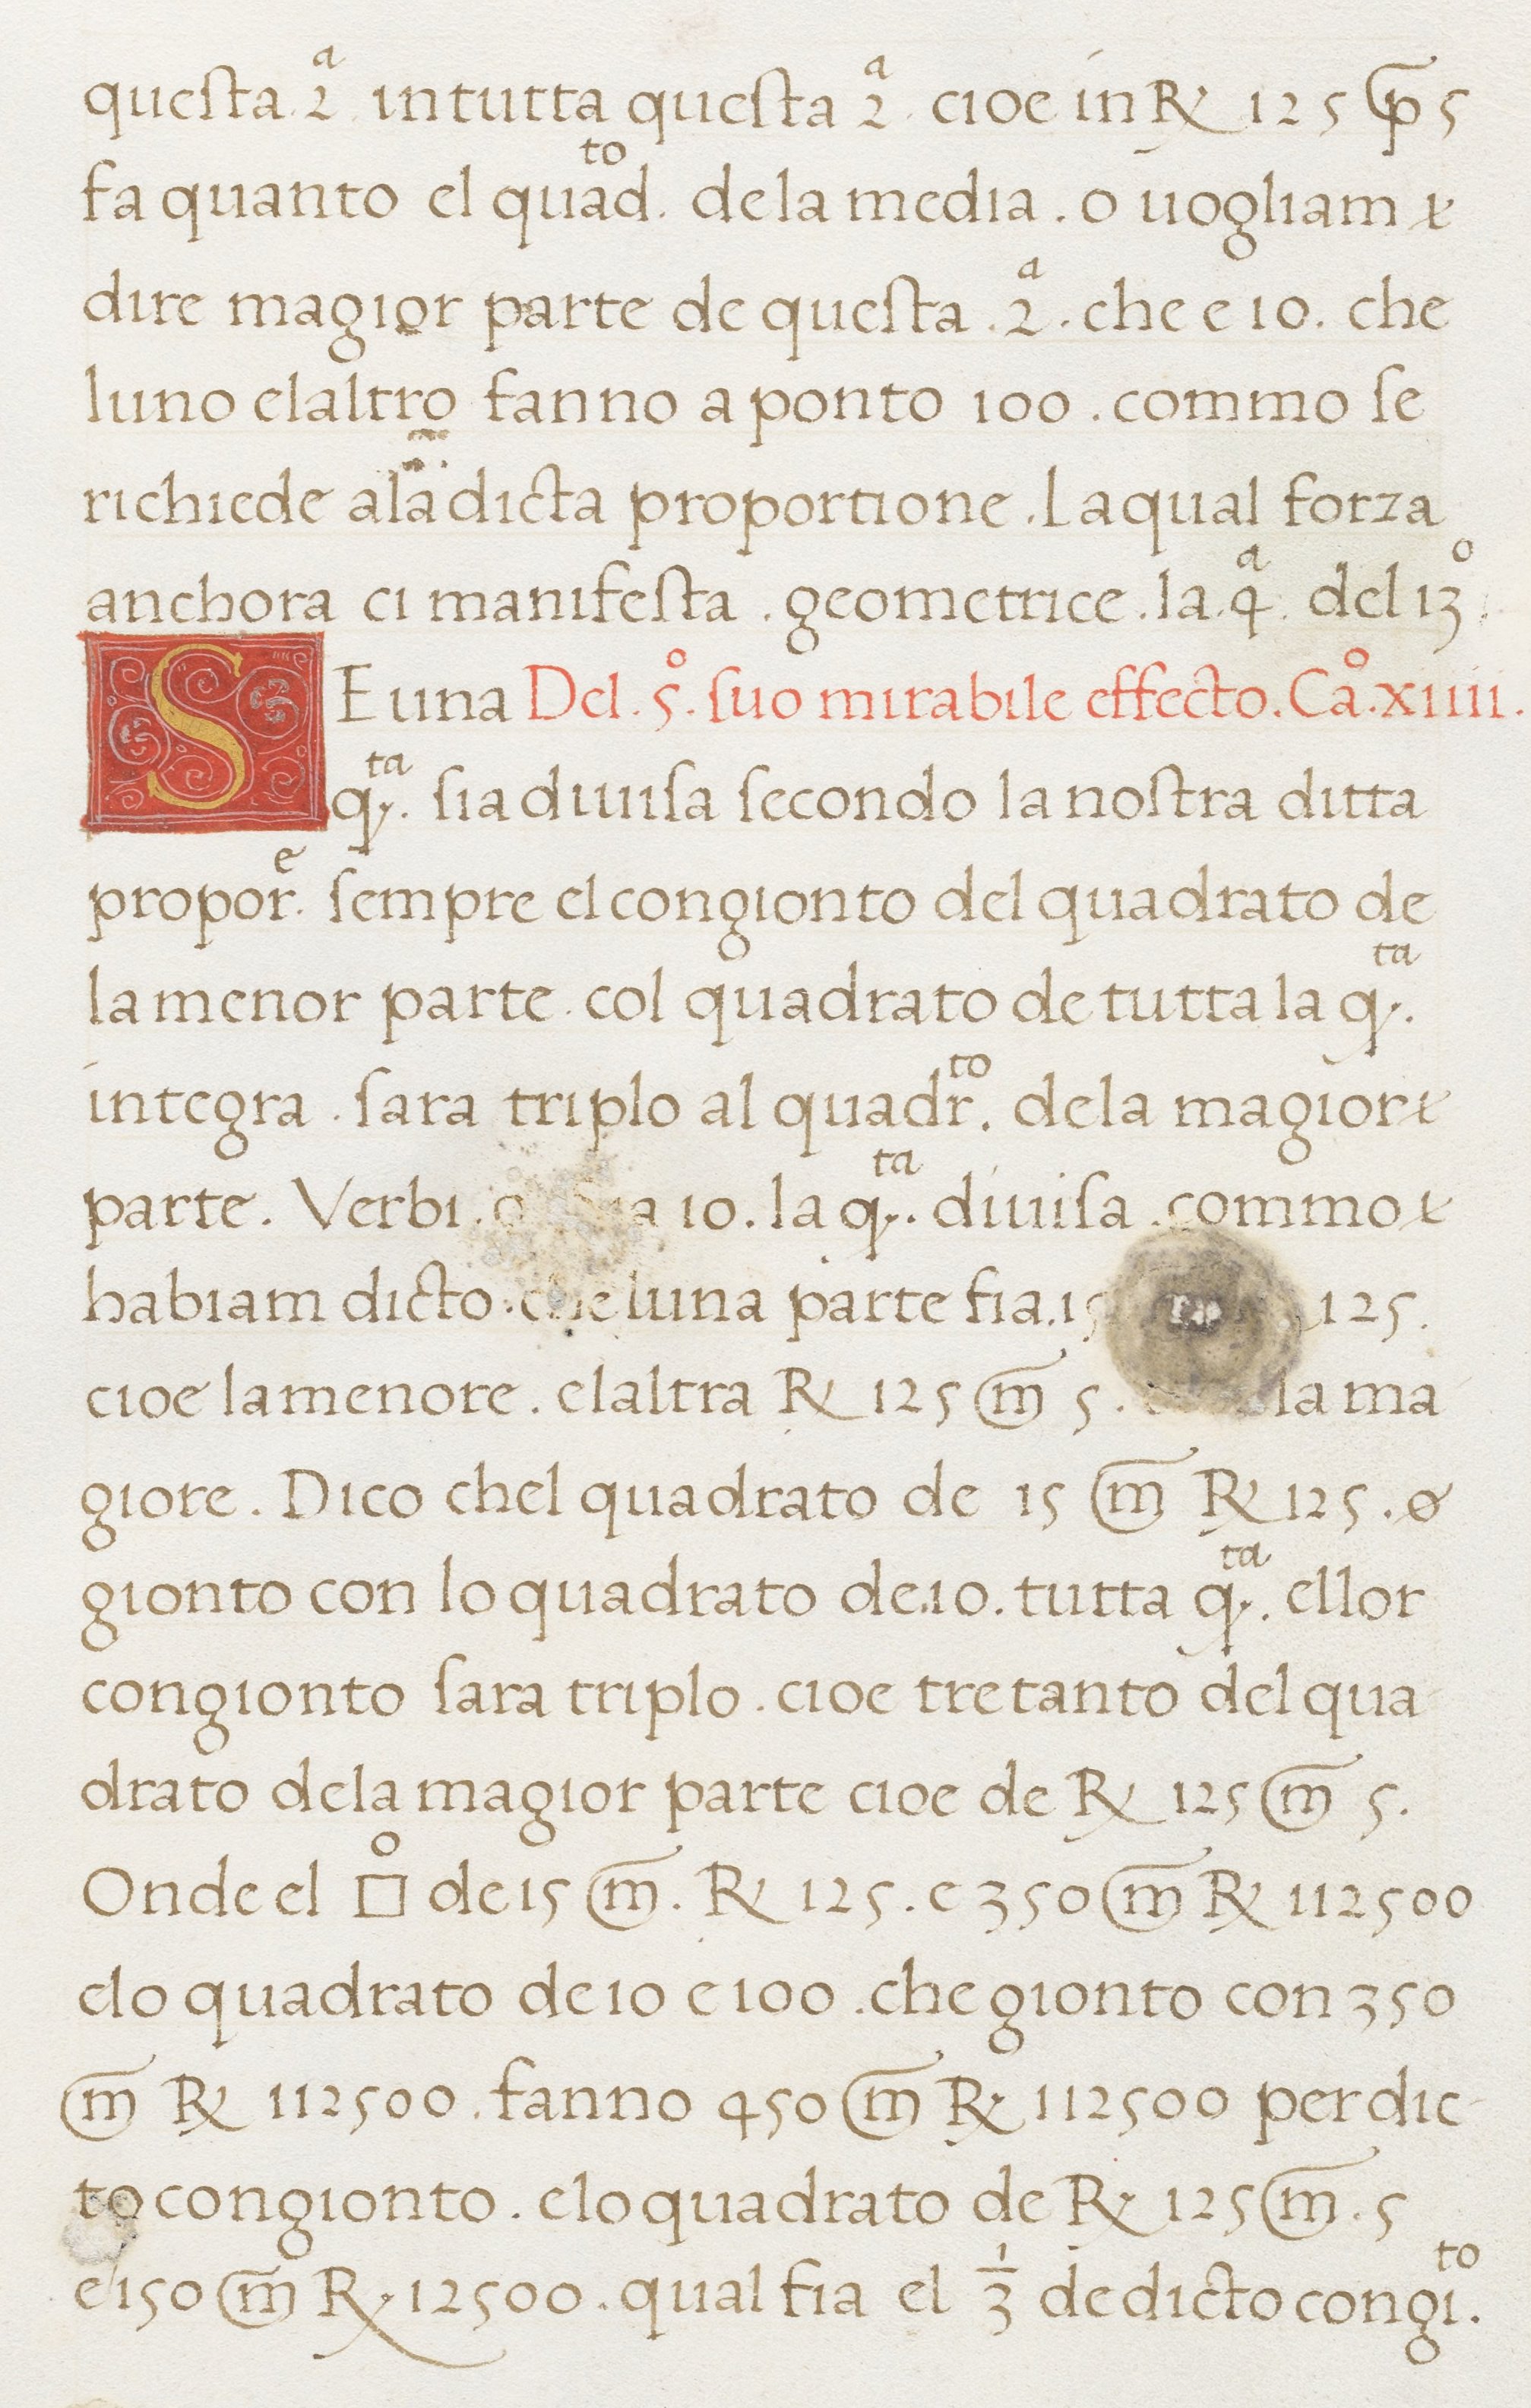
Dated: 1498–1498